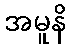
အမူနိ